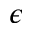
\epsilon